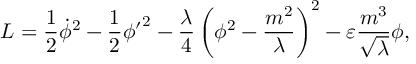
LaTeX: L = \frac { 1 } { 2 } { \dot { \phi } } ^ { 2 } - \frac { 1 } { 2 } { { \phi } ^ { \prime } } ^ { 2 } - \frac { \lambda } { 4 } \left( \phi ^ { 2 } - \frac { m ^ { 2 } } { \lambda } \right) ^ { 2 } - \varepsilon \frac { m ^ { 3 } } { \sqrt \lambda } \phi ,